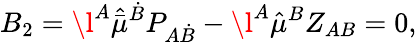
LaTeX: B_{2}={\l}^{A}\hat{\bar{\mu}}^{\dot{B}}P_{A\dot{B}}-\l^{A}\hat{\mu}^{B}Z_{AB}=0,